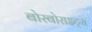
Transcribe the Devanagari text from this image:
बोरबोराइट्स